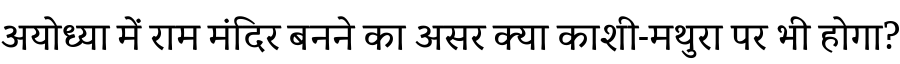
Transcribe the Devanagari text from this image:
अयोध्या में राम मंदिर बनने का असर क्या काशी-मथुरा पर भी होगा?